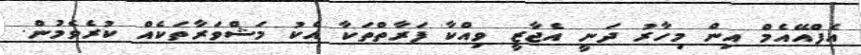
އެފްއޭއެމް އިން މިހާރު ދަނީ އެޖާޒީ ވިއްކާ ފަރާތްތަކާ އެކު މަޝްވަރާތަކެއް ކުރެވެމުން.